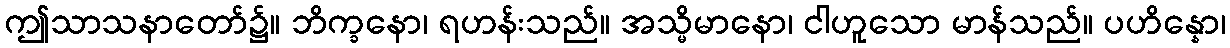
ဤသာသနာတော်၌။ ဘိက္ခနော၊ ရဟန်းသည်။ အသ္မိမာနော၊ ငါဟူသော မာန်သည်။ ပဟိန္နော၊